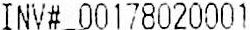
INV# 00178020001